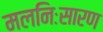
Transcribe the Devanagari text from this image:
मलनिःसारण